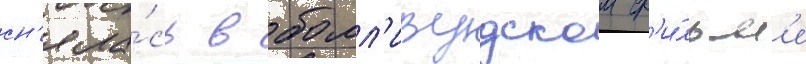
сн'яла́сь в болл'ивудском ф'и́льм'е